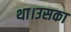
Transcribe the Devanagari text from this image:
था।उसका